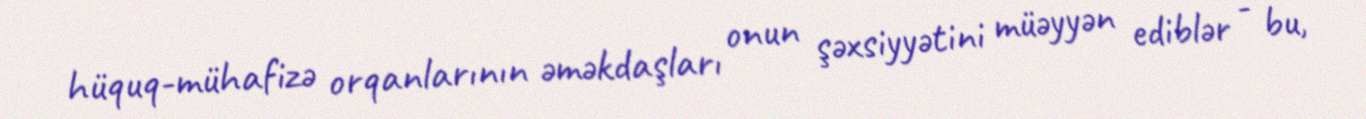
hüquq-mühafizə orqanlarının əməkdaşları onun şəxsiyyətini müəyyən ediblər - bu,